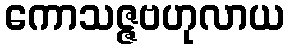
ကောသဇ္ဇဗဟုလာယ